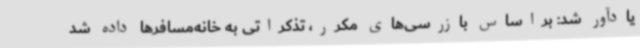
یادآور شد: براساس بازرسی‌های مکرر، تذکراتی به خانه‌مسافرها داده شد